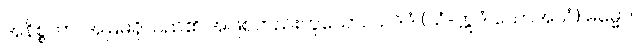
အနိစ္စတာ၊ အမြဲမရှိသည်၏ အဖြစ်တည်းဟူသော။ ယဒိဒံ (ယံ-ဣဒံ ယောအယံ) ဓမ္မော၊